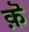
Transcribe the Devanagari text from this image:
क़ॆ